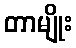
တာမျိုး